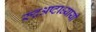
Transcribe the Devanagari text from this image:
रुद्रअष्‍टाध्‍यायी